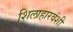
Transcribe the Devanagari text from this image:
शिलाहारवंशी